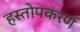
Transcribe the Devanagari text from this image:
हस्तोपकरण